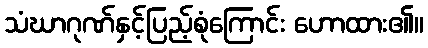
သံဃာဂုဏ်နှင့်ပြည့်စုံကြောင်း ဟောထား၏။